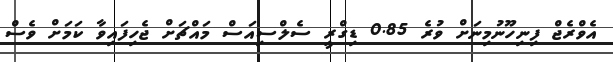
އެވްރެޖް ފިނިހޫނުމިނަށް ވުރެ 0.85 ޑިގްރީ ސެލްސިއަސް މައްޗަށް ޖެހިފައިވާ ކަމަށް ވެސް